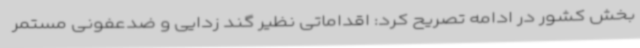
بخش کشور در ادامه تصریح کرد: اقداماتی نظیر گند زدایی و ضدعفونی مستمر